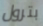
بترول